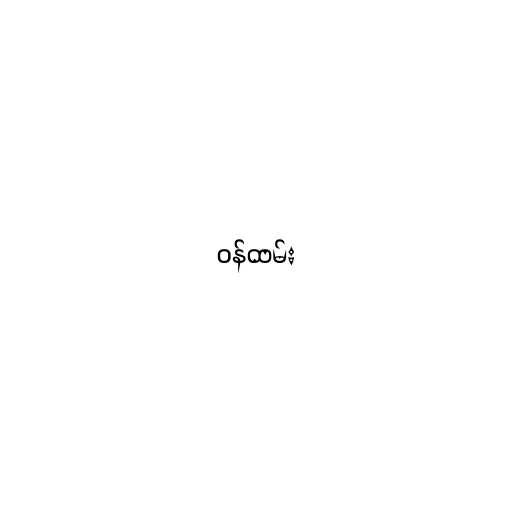
ဝန်ထမ်း